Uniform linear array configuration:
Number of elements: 16
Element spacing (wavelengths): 1
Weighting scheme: blackman
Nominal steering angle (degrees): -60
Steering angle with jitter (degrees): -58.134
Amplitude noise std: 0.05
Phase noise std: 0.05

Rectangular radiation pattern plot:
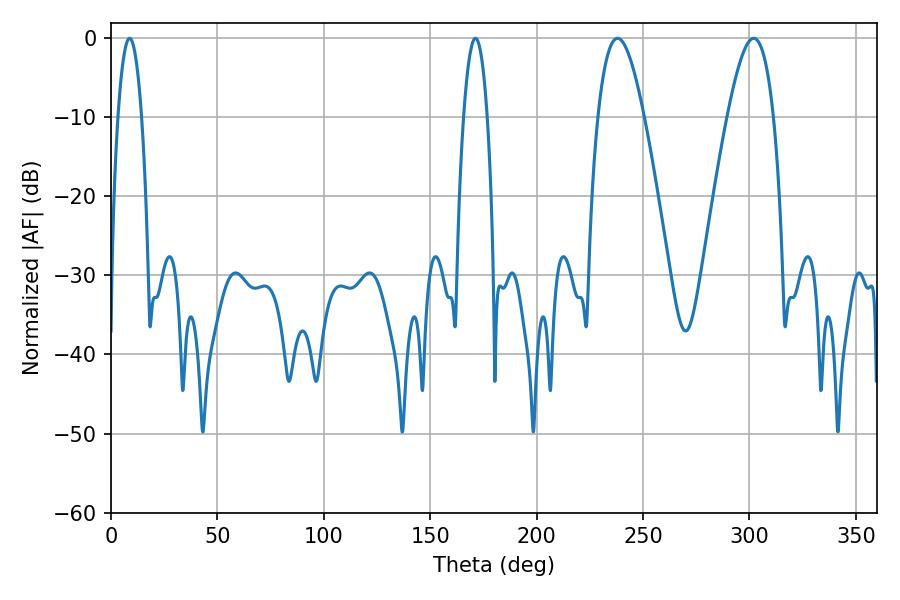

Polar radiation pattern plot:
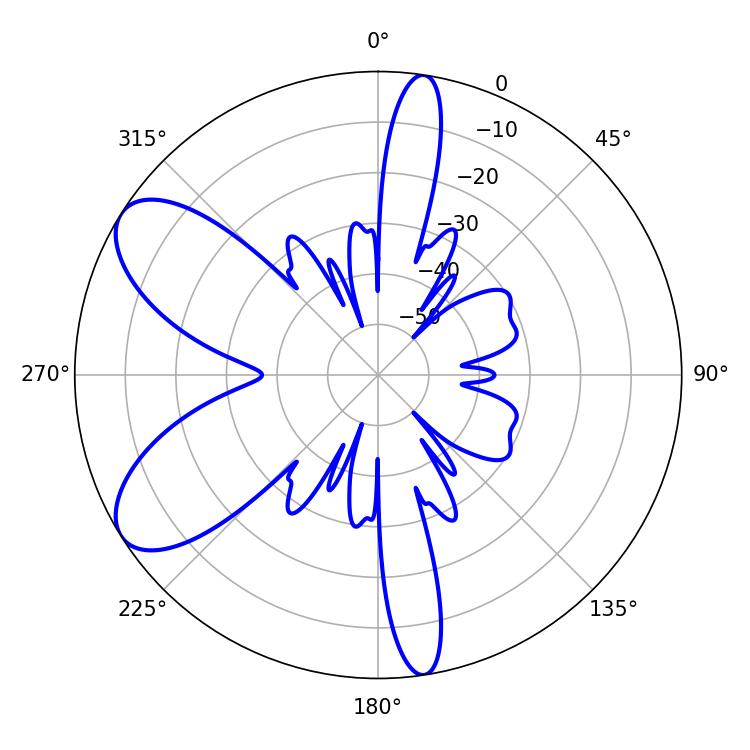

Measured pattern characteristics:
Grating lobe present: TRUE
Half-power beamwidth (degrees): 11.88
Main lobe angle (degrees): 237.96